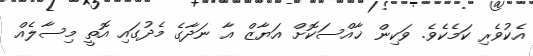
އެކުވެރި ކަމެކެވެ. ވަކިން ޚާއްސަކޮށް އަޔާޒް އާ ނަދާގެ މެދުގައި އޮތީ މިސާލެއް